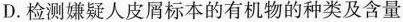
D.检测嫌疑人皮屑标本的有机物的种类及含量